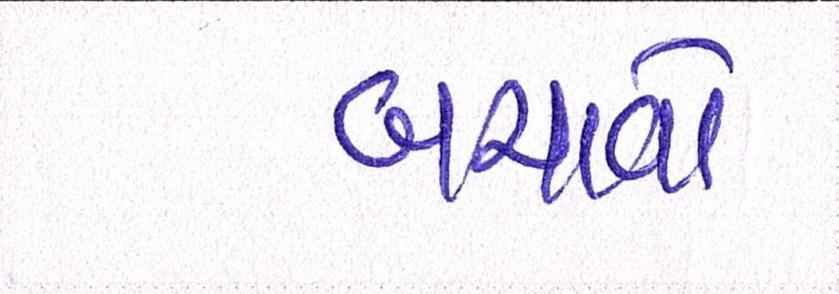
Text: બચાવો